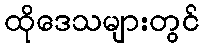
ထိုဒေသများတွင်